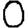
Digit: 0